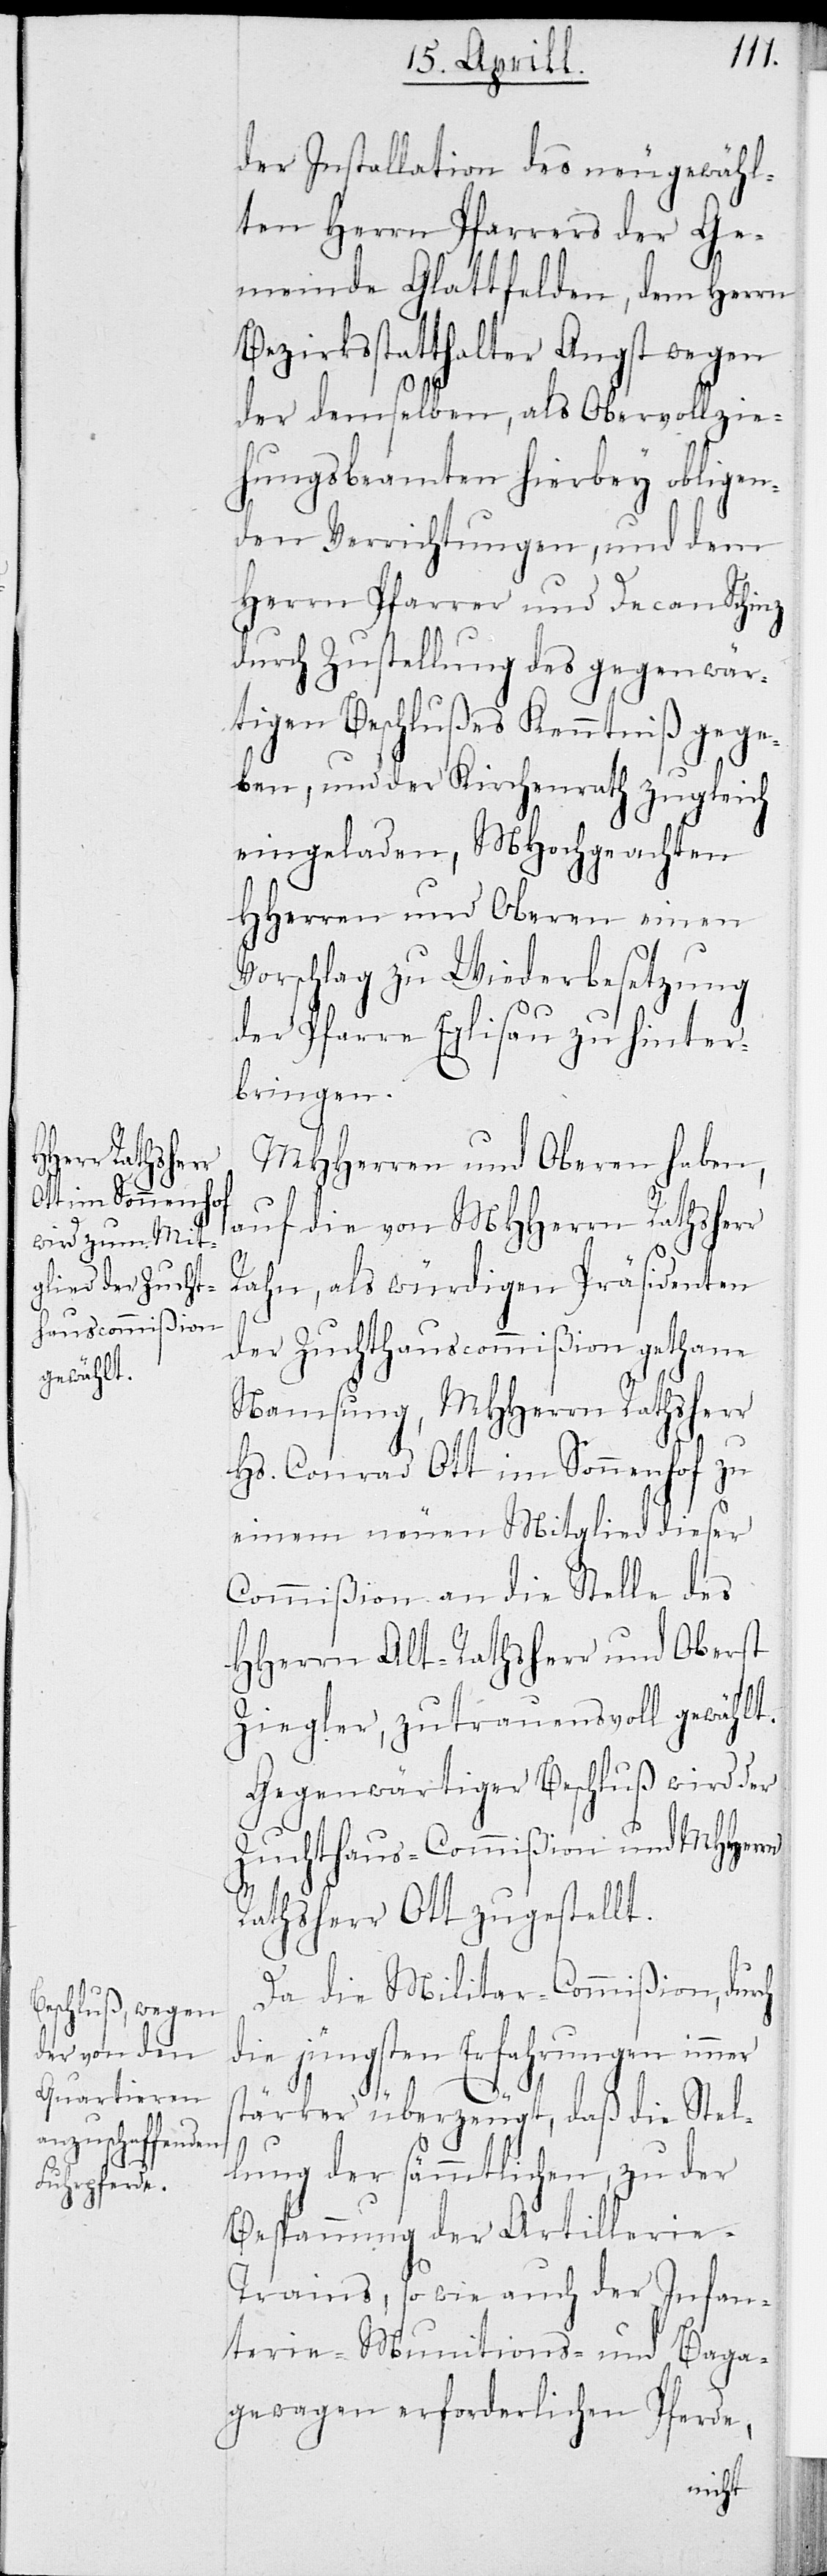
der Installation des neu gewähl¬
ten Herrn Pfarrers der Ge¬
meinde Glattfelden, dem Herrn
Bezirksstatthalter Angst wegen
der demselben, als Obervollzie¬
hungsbeamten hierbey obligen¬
den Verrichtungen, und dem
Herrn Pfarrer und Decan Schintz
durch Zustellung des gegenwär¬
tigen Beschlußes Kenntniß gege¬
ben, und der Kirchenrath zugleich
eingeladen, MHochgeachten
HHerren und Oberen einen
Vorschlag zu Wiederbesetzung
der Pfarre Eglisau zu hinter¬
bringen.
MHHerren und Oberen haben,
auf die von MHHerrn Rathsherr
Rahn, als würdigen Präsidenten
der Zuchthauscommißion gethane
Namsung, MHHerrn Rathsherr
Hs. Conrad Ott im Sonnenhof zu
einem neuen Mitglied dieser
Commißion an die Stelle des
HHerrn Alt-Rathsherr und Oberst
Ziegler, zutrauensvoll gewählt.
Gegenwärtiger Beschluß wird der
Zuchthaus-Commißion und MHHerrn
Rathsherr Ott zugestellt.
Da die Militar-Commißion, durch
die jüngsten Erfahrungen immer
stärker überzeugt, daß die Stel¬
lung der sämmtlichen, zu der
Bespannung der Artillerie-T¬
rains, so wie auch der Infan¬
terie- Munitions- und Baga¬
genwagen erforderlichen Pferde,